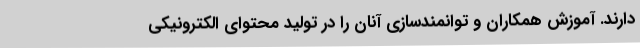
دارند. آموزش همکاران و توانمندسازی آنان را در تولید محتوای الکترونیکی